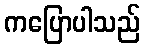
ကပြောပါသည်